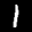
Label: 1